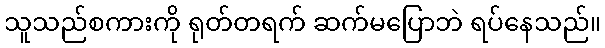
သူသည်စကားကို ရုတ်တရက် ဆက်မပြောဘဲ ရပ်နေသည်။